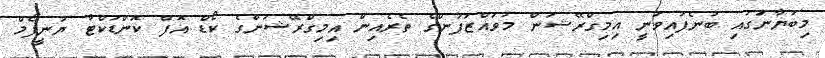
މިބަޔާނުަގައި ބުނެފައިވަނީ އިމިގްރޭޝަން މުވައްޒަފުންގެ ތެރެއިން އިމިގްރޭޝަންގެ ކޯޑް އޮފް ކޮންޑަކްޓާ ޔުނީފޯމް